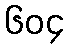
၆၀၄